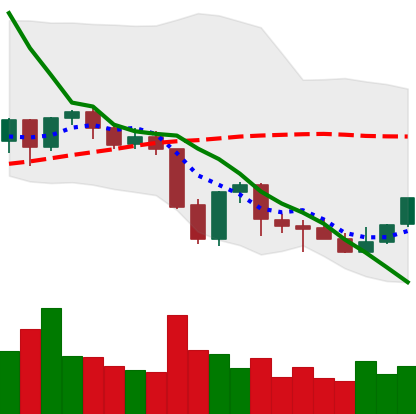
Ticker: NEO-USD
Chart end date: 2021-10-01
Forward return: 9.643%
Label: up_7plus